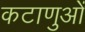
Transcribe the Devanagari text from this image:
कटाणुओं